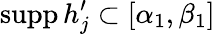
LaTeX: \mathrm{supp}\, h_{j}^{\prime}\subset[\alpha_{1},\beta_{1}]